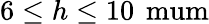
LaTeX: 6\leq h\leq 10\, \mathrm{{\ mum}}